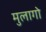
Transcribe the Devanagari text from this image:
मुलागो